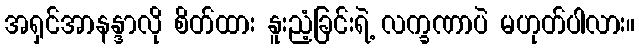
အရှင်အာနန္ဒာလို စိတ်ထား နူးညံ့ခြင်းရဲ့ လက္ခဏာပဲ မဟုတ်ပါလား။